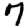
Digit: 7